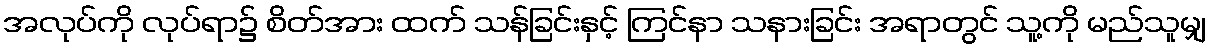
အလုပ်ကို လုပ်ရာ၌ စိတ်အား ထက် သန်ခြင်းနှင့် ကြင်နာ သနားခြင်း အရာတွင် သူ့ကို မည်သူမျှ